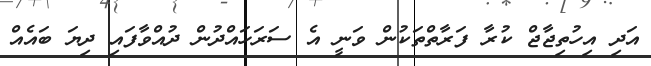
އަދި އިހުތިޖާޖް ކުރާ ފަރާތްތަކުން ވަނީ އެ ސަރަހައްދުން ދުއްވާފައި ދިޔަ ބައެއް